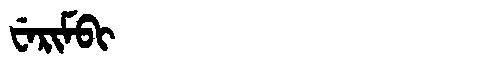
Manchu: ᠸᡝᡵᡳᠮᠪᡳ
Romanization: WERIMBI